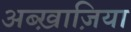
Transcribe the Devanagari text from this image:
अब्ख़ाज़िया